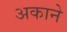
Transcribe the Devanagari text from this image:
अकाने